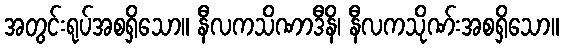
အတွင်းရုပ်အစရှိသော။ နီလကသိဏာဒီနိ၊ နီလကသိုဏ်းအစရှိသော။